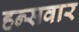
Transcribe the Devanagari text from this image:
हन्सवार